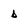
Character: b